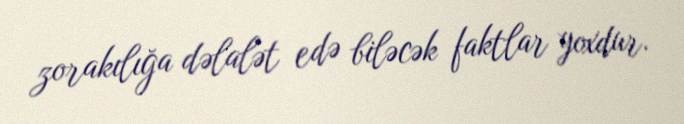
zorakılığa dəlalət edə biləcək faktlar yoxdur.